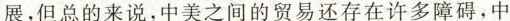
展，但总的来说，中